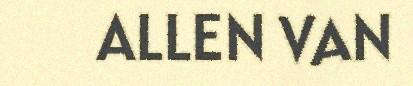
ALLEN VAN